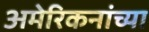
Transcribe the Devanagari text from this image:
अमेरिकनांच्या